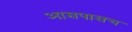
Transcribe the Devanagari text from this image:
आसपासच